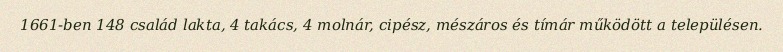
1661-ben 148 család lakta, 4 takács, 4 molnár, cipész, mészáros és tímár működött a településen.